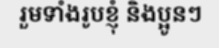
រួមទាំងរូបខ្ញុំ និងប្អូនៗ